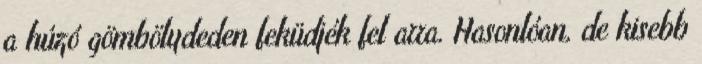
a húzó gömbölydeden feküdjék fel arra. Hasonlóan, de kisebb